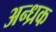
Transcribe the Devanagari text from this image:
अन्ध्रक